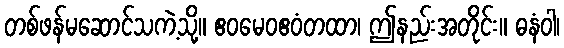
တစ်ဖန်မဆောင်သကဲ့သို့။ ဧဝမေဝဧဝံတထာ၊ ဤနည်းအတိုင်း။ ဓနံဝါ၊